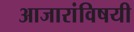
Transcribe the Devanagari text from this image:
आजारांविषयी